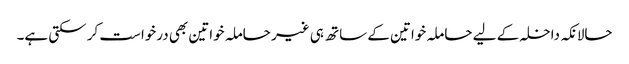
حالانکہ داخلہ کے لیے حاملہ خواتین کے ساتھ ہی غیر حاملہ خواتین بھی درخواست کر سکتی ہے۔